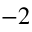
^ { - 2 }